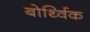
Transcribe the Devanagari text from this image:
बोर्थ्विक